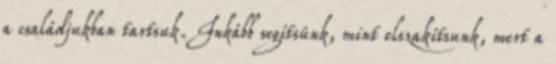
a családjukban tartsuk. Inkább segítsünk, mint elszakítsunk, mert a